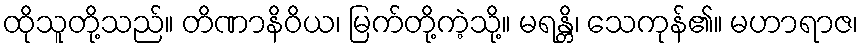
ထိုသူတို့သည်။ တိဏာနိဝိယ၊ မြက်တို့ကဲ့သို့။ မရန္တိ၊ သေကုန်၏။ မဟာရာဇ၊